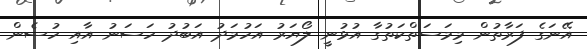
އޭނަގެ ފަރާތުން މިމަސަތްކަތުގާ އުޅުނީ ލޯޔަރު އަހުމަދު އަބުދު ހަސަނު އާއި ހުސެން